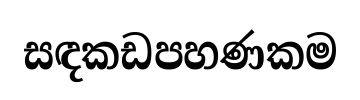
සඳකඩපහණකම